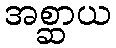
အစ္ဆာယ